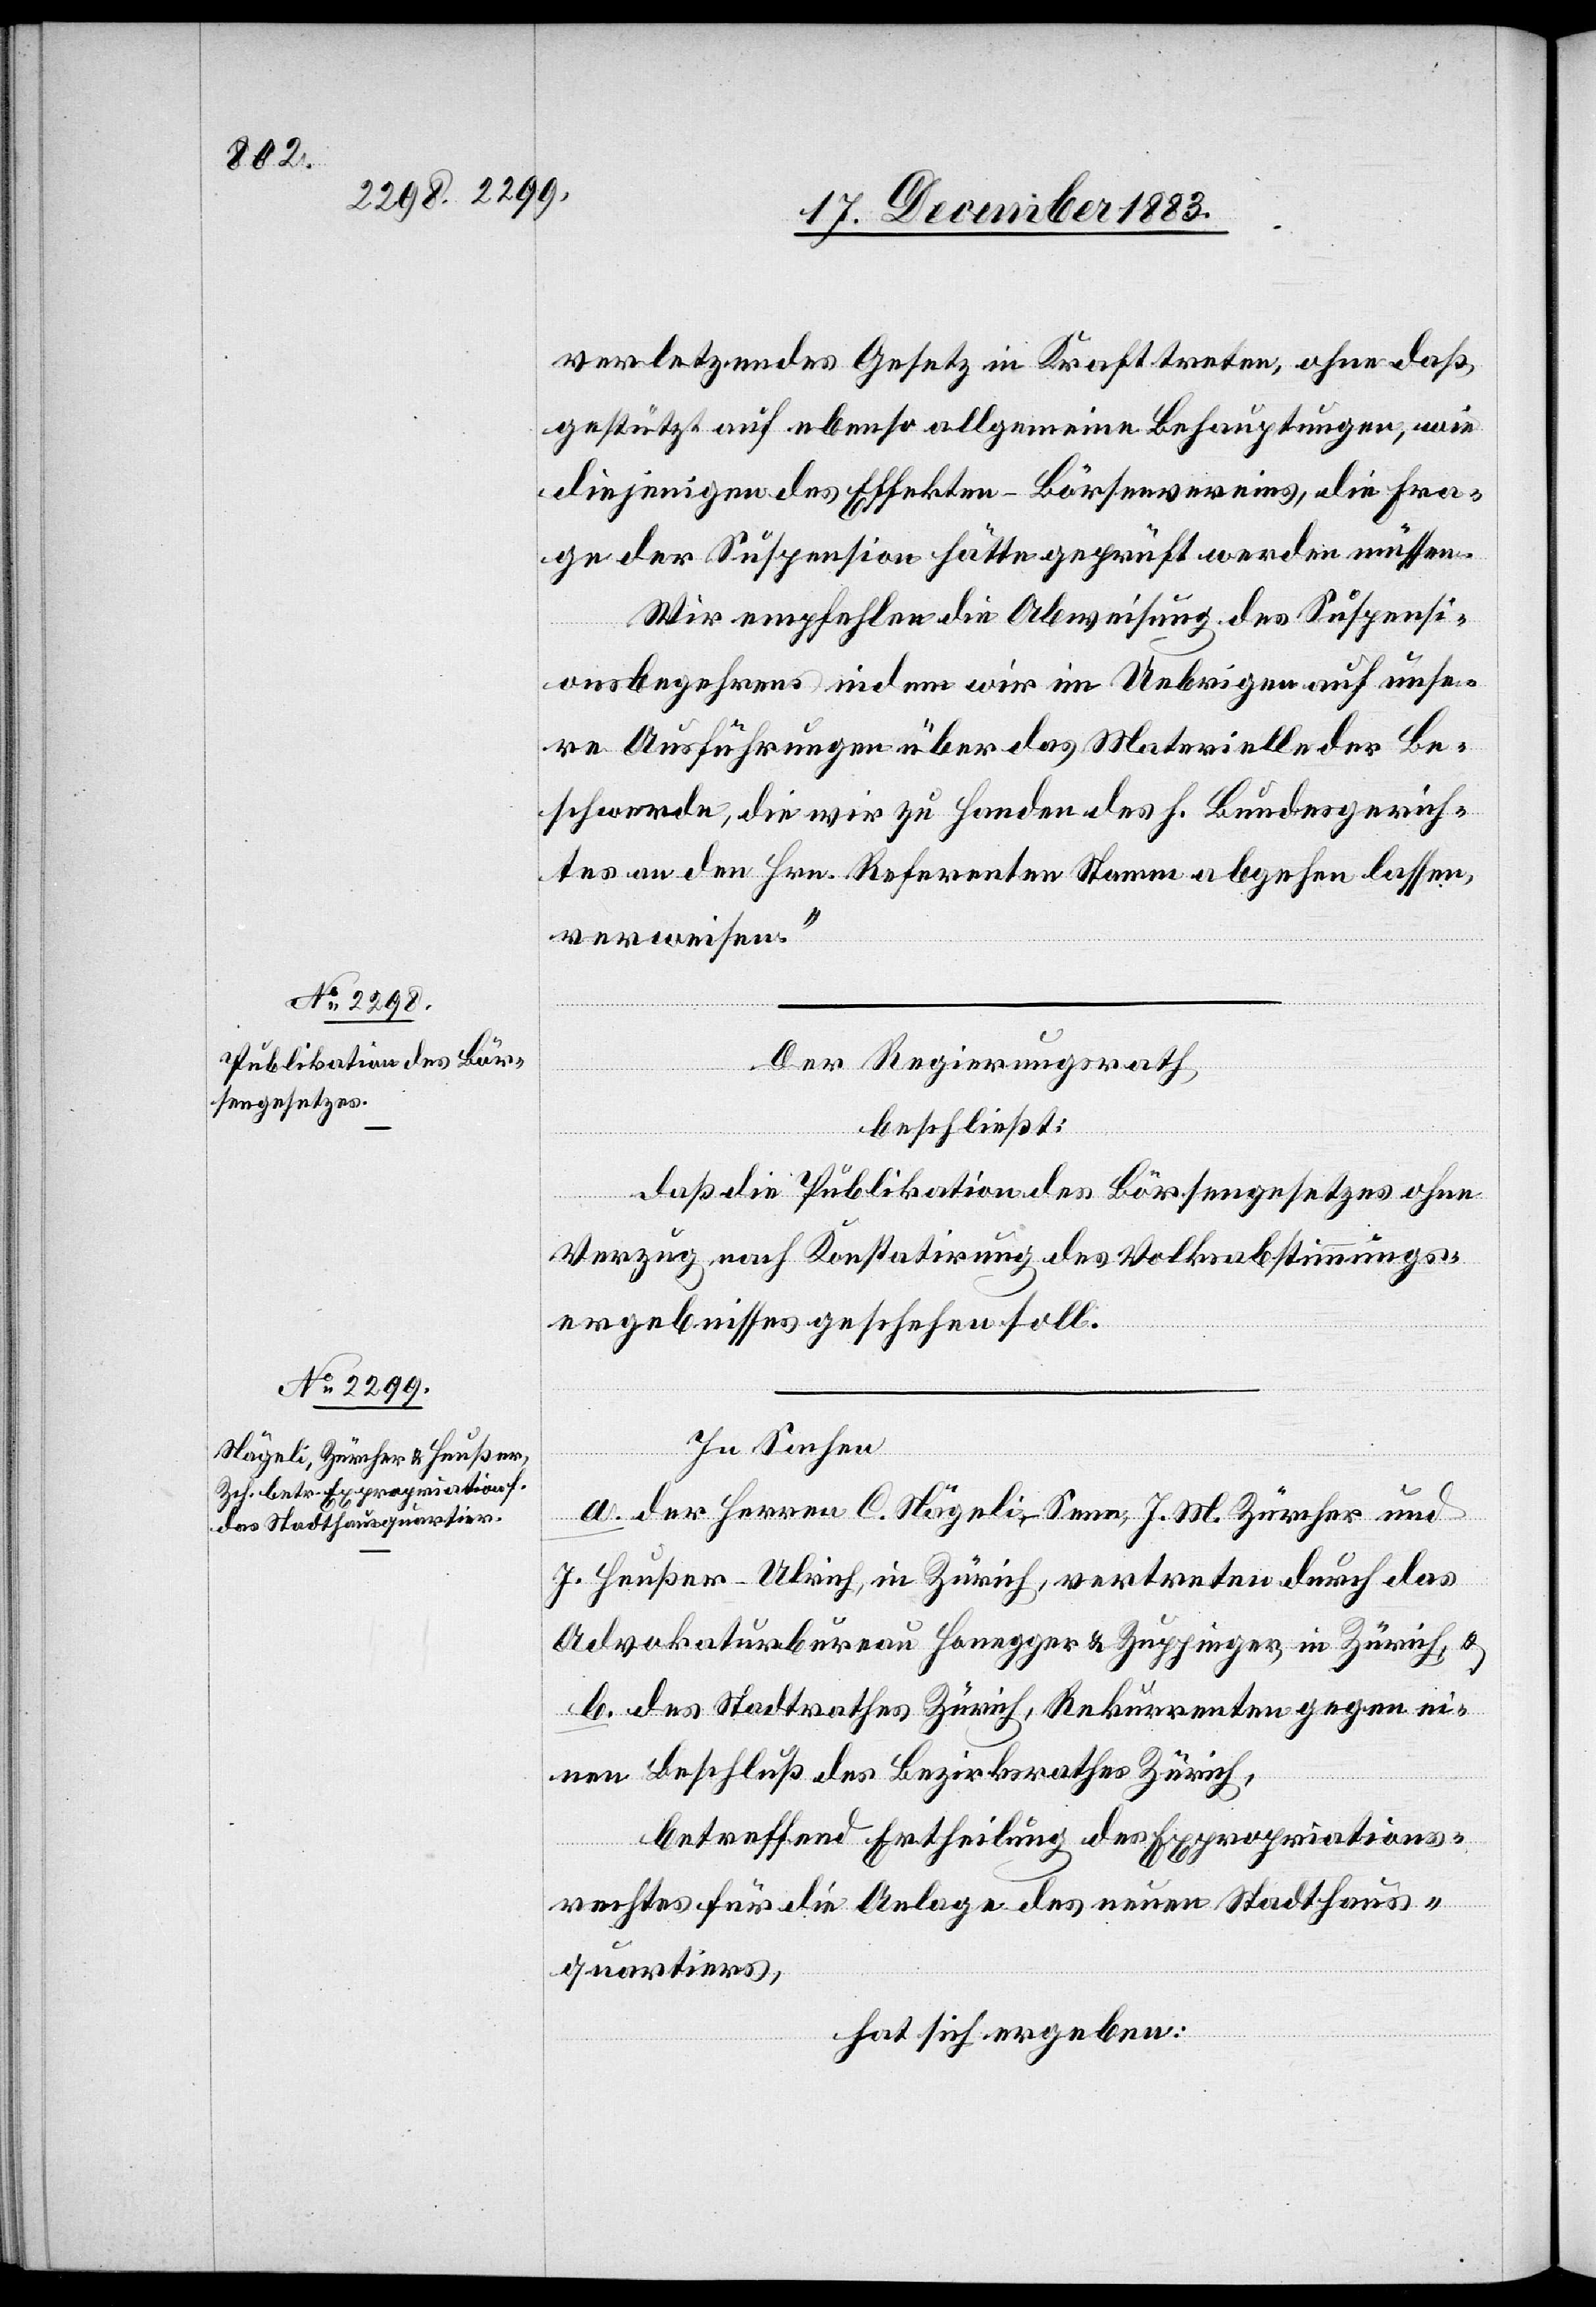
verletzendes Gesetz in Kraft treten, ohne daß,
gestützt auf ebenso allgemeine Behauptungen, wie
diejenigen des Effekten-Börsenvereins, die Fra¬
ge der Suspension hätte geprüft werden müssen.
Wir empfehlen die Abweisung des Suspensi¬
onsbegehrens indem wir im Uebrigen auf unse¬
re Ausführungen über das Materielle der Be¬
schwerde, die wir zu Handen des h. Bundesgerich¬
tes an den Hrn. Referenten Stamm abgehen lassen,
verweisen.“
Der Regierungsrath,
beschließt:
daß die Publikation des Börsengesetzes ohne
Verzug nach Konstatirung des Volksabstimmungs¬
ergebnisses geschehen soll.